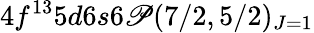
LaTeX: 4f^{13}5d6s6\mathscr{P}(7/2,5/2)_{J=1}